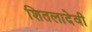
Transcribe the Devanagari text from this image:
शितलादेवी